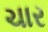
ચાર